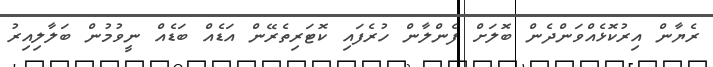
ރެޔާން އިރުކޮޅެއްވަންދެން ބޮލަށް ފެންލާން ހުރެފައި ކޮޓަރިތެރޭން އަޑެއް ބަޑެއް ނީވުމުން ބަލާލިއިރު